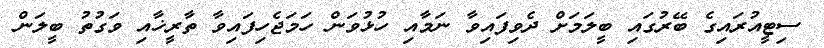
ސިޓީއުރައިގެ ބޭރުގައި ބީލަމަށް ދެވިފައިވާ ނަމާއި ހުޅުވަން ހަމަޖެހިފައިވާ ތާރީޚާއި ވަގުތު ބީލަން